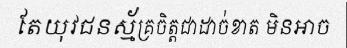
តែយុវជនស្ម័គ្រចិត្តជាដាច់ខាត មិនអាច